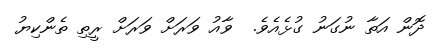
ދޮން އަތާ ނުގަނު ގުޅެއެވެ.  ވާއު ވަރަށް ވަރަށް ރީތި ތެންކިޔު